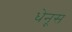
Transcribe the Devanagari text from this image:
धेनूस